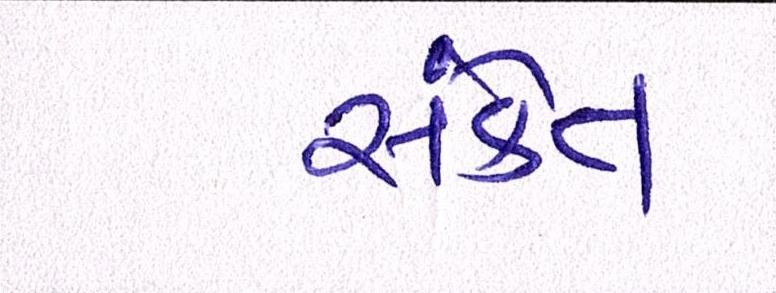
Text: સંકેત